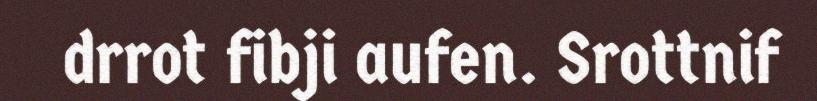
drrot fibji aufen. Srottnif